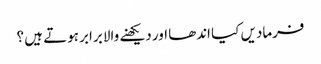
فرمادیں کیا اندھا اور دیکھنے والا برابر ہوتے ہیں ؟